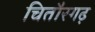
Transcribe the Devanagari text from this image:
चितौरगढ़